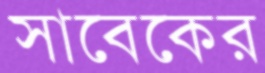
সাবেকের